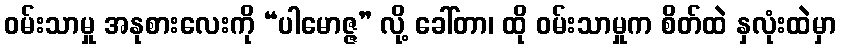
ဝမ်းသာမှု အနုစားလေးကို “ပါမောဇ္ဇ” လို့ ခေါ်တာ၊ ထို ဝမ်းသာမှုက စိတ်ထဲ နှလုံးထဲမှာ